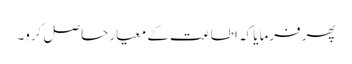
پھر فرمایا کہ اطاعت کے معیار حاصل کرو۔